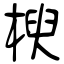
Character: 楰